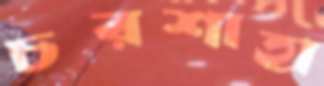
চরশাহা